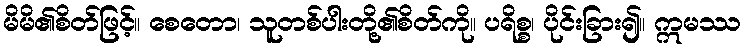
မိမိ၏စိတ်ဖြင့်။ စေတော၊ သူတစ်ပါးတို့၏စိတ်ကို။ ပရိစ္စ၊ ပိုင်းခြား၍။ ဣမဿ